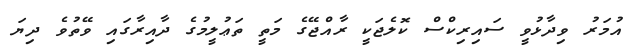
އުމަރު ވިދާޅުވީ ސައިރިކްސް ކޮލެޖަކީ ރާއްޖޭގެ މަތީ ތަޢުލީމުގެ ދާއިރާގައި ވޭތުވެ ދިޔަ